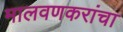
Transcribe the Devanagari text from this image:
मालवणकरांचा